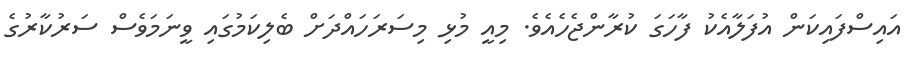
އައިސްފައިކަން އުފަލާއެކު ފާހަގަ ކުރާންޖެހެއެވެ. މިއީ މުޅި މިސަރަހައްދަށް ބެލިކަމުގައި ވީނަމަވެސް ސަރުކާރުގެ